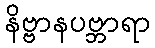
နိဗ္ဗာနပဗ္ဘာရာ